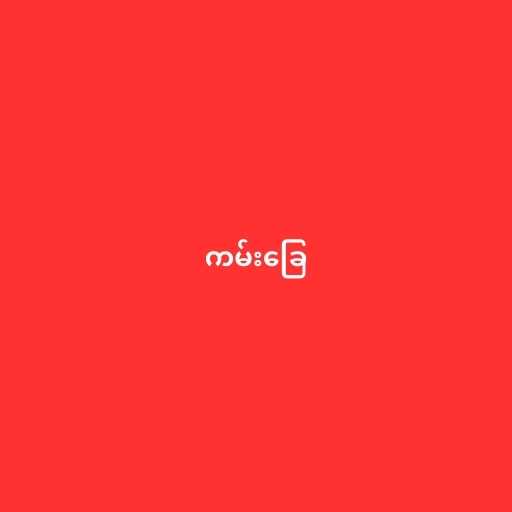
ကမ်းခြေ